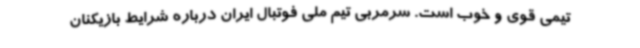
تیمی قوی و خوب است. سرمربی تیم ملی فوتبال ایران درباره شرایط بازیکنان